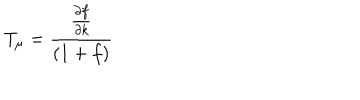
LaTeX: T _ { \mu } = \frac { \frac { \partial f } { \partial k } } { ( 1 + f ) }